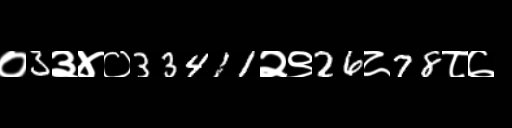
Text: ०3३४०33411२९26८78८७